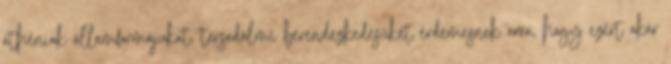
athéniak államformájukat, társadalmi berendezkedésüket érdemesnek arra, hogy ezért akár